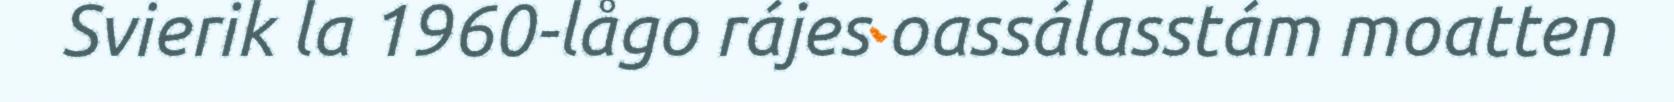
Svierik la 1960-lågo rájes oassálasstám moatten